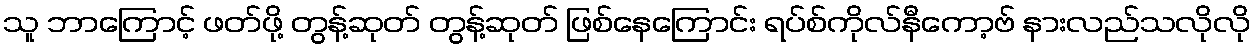
သူ ဘာကြောင့် ဖတ်ဖို့ တွန့်ဆုတ် တွန့်ဆုတ် ဖြစ်နေကြောင်း ရပ်စ်ကိုလ်နီကော့ဗ် နားလည်သလိုလို